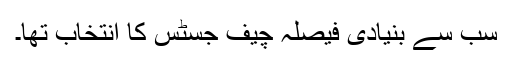
سب سے بنیادی فیصلہ چیف جسٹس کا انتخاب تھا۔